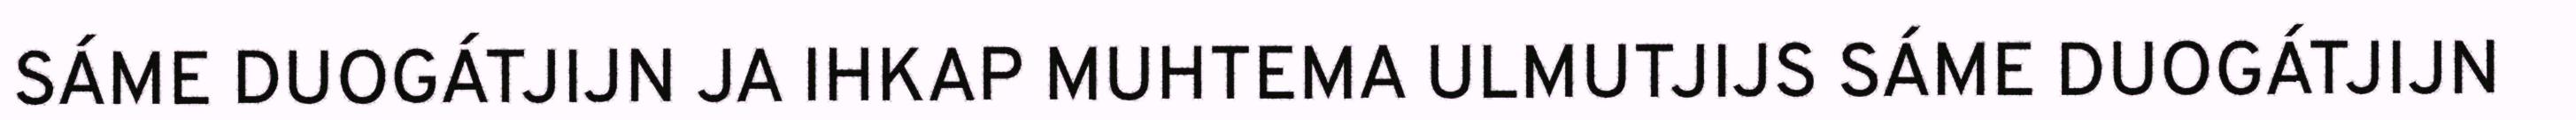
SÁME DUOGÁTJIJN JA IHKAP MUHTEMA ULMUTJIJS SÁME DUOGÁTJIJN